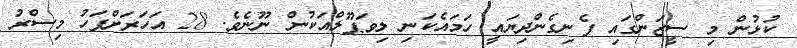
ކުޅުން މި ސީޒަންގައި ފެނިގެންދިޔައީ ހަމައެކަނި ލިވަޕޫލްއަކުން ނޫނެވެ. 28 އަހަރަށްފަހު މިސްރު